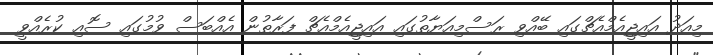
މިއަދު އައިޖީއެމްއެޗްގައި ބޭއްވި ރަސްމިއަޔާތުގައި އައިޖީއެމްއެޗް ފަރާތުން އެއްބަސް ވުމުގައި ސޮއި ކުރެއްވީ